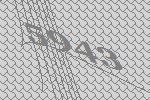
5943